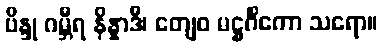
ဗိန္ဒု ဂမ္ဘီရ နိန္နာဒီ၊ တျေဝ မဋ္ဌင်္ဂိကော သရော။